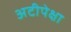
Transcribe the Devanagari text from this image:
अटीपेक्षा